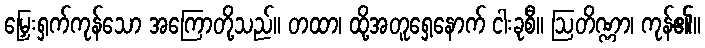
မြှေးရှက်ကုန်သော အကြောတို့သည်။ တထာ၊ ထို့အတူရှေ့နောက် ငါးခုစီ။ ဩတိဏ္ဏာ၊ ကုန်၏။